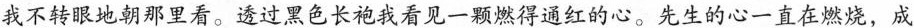
我不转眼地朝那里看。透过黑色长袍我看见一颗燃得通红的心。先生的心一直在燃烧，成